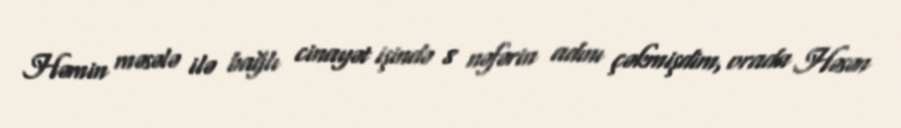
Həmin məsələ ilə bağlı cinayət işində 8 nəfərin adını çəkmişdim, orada Həsən